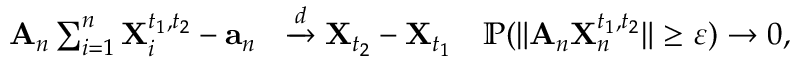
\begin{array} { r l } { \mathbf { A } _ { n } \sum _ { i = 1 } ^ { n } \mathbf { X } _ { i } ^ { t _ { 1 } , t _ { 2 } } - \mathbf { a } _ { n } } & { \xrightarrow [ ] { d } \mathbf { X } _ { t _ { 2 } } - \mathbf { X } _ { t _ { 1 } } \quad { \mathbb P } ( \| \mathbf { A } _ { n } \mathbf { X } _ { n } ^ { t _ { 1 } , t _ { 2 } } \| \geq \varepsilon ) \rightarrow 0 , } \end{array}